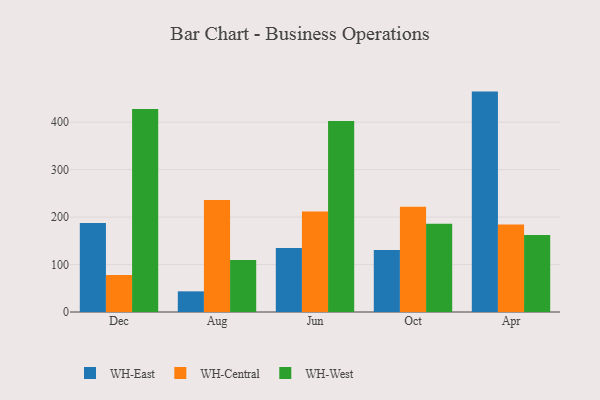
{"axis": {"x": "Month", "y": "Satisfaction Score"}, "legend": ["WH-Central", "WH-East", "WH-West"], "data": [{"x": "Dec", "y": 187.7, "type": "WH-East"}, {"x": "Dec", "y": 78.1, "type": "WH-Central"}, {"x": "Dec", "y": 427.8, "type": "WH-West"}, {"x": "Aug", "y": 43.5, "type": "WH-East"}, {"x": "Aug", "y": 235.8, "type": "WH-Central"}, {"x": "Aug", "y": 109.4, "type": "WH-West"}, {"x": "Jun", "y": 135.1, "type": "WH-East"}, {"x": "Jun", "y": 212.0, "type": "WH-Central"}, {"x": "Jun", "y": 402.4, "type": "WH-West"}, {"x": "Oct", "y": 130.8, "type": "WH-East"}, {"x": "Oct", "y": 222.0, "type": "WH-Central"}, {"x": "Oct", "y": 185.7, "type": "WH-West"}, {"x": "Apr", "y": 464.4, "type": "WH-East"}, {"x": "Apr", "y": 184.2, "type": "WH-Central"}, {"x": "Apr", "y": 162.0, "type": "WH-West"}]}